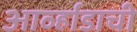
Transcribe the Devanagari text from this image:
आर्व्हाडाची